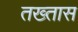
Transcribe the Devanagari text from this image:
तख्तास